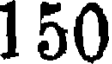
150